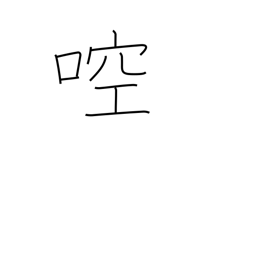
Meaning: gargle